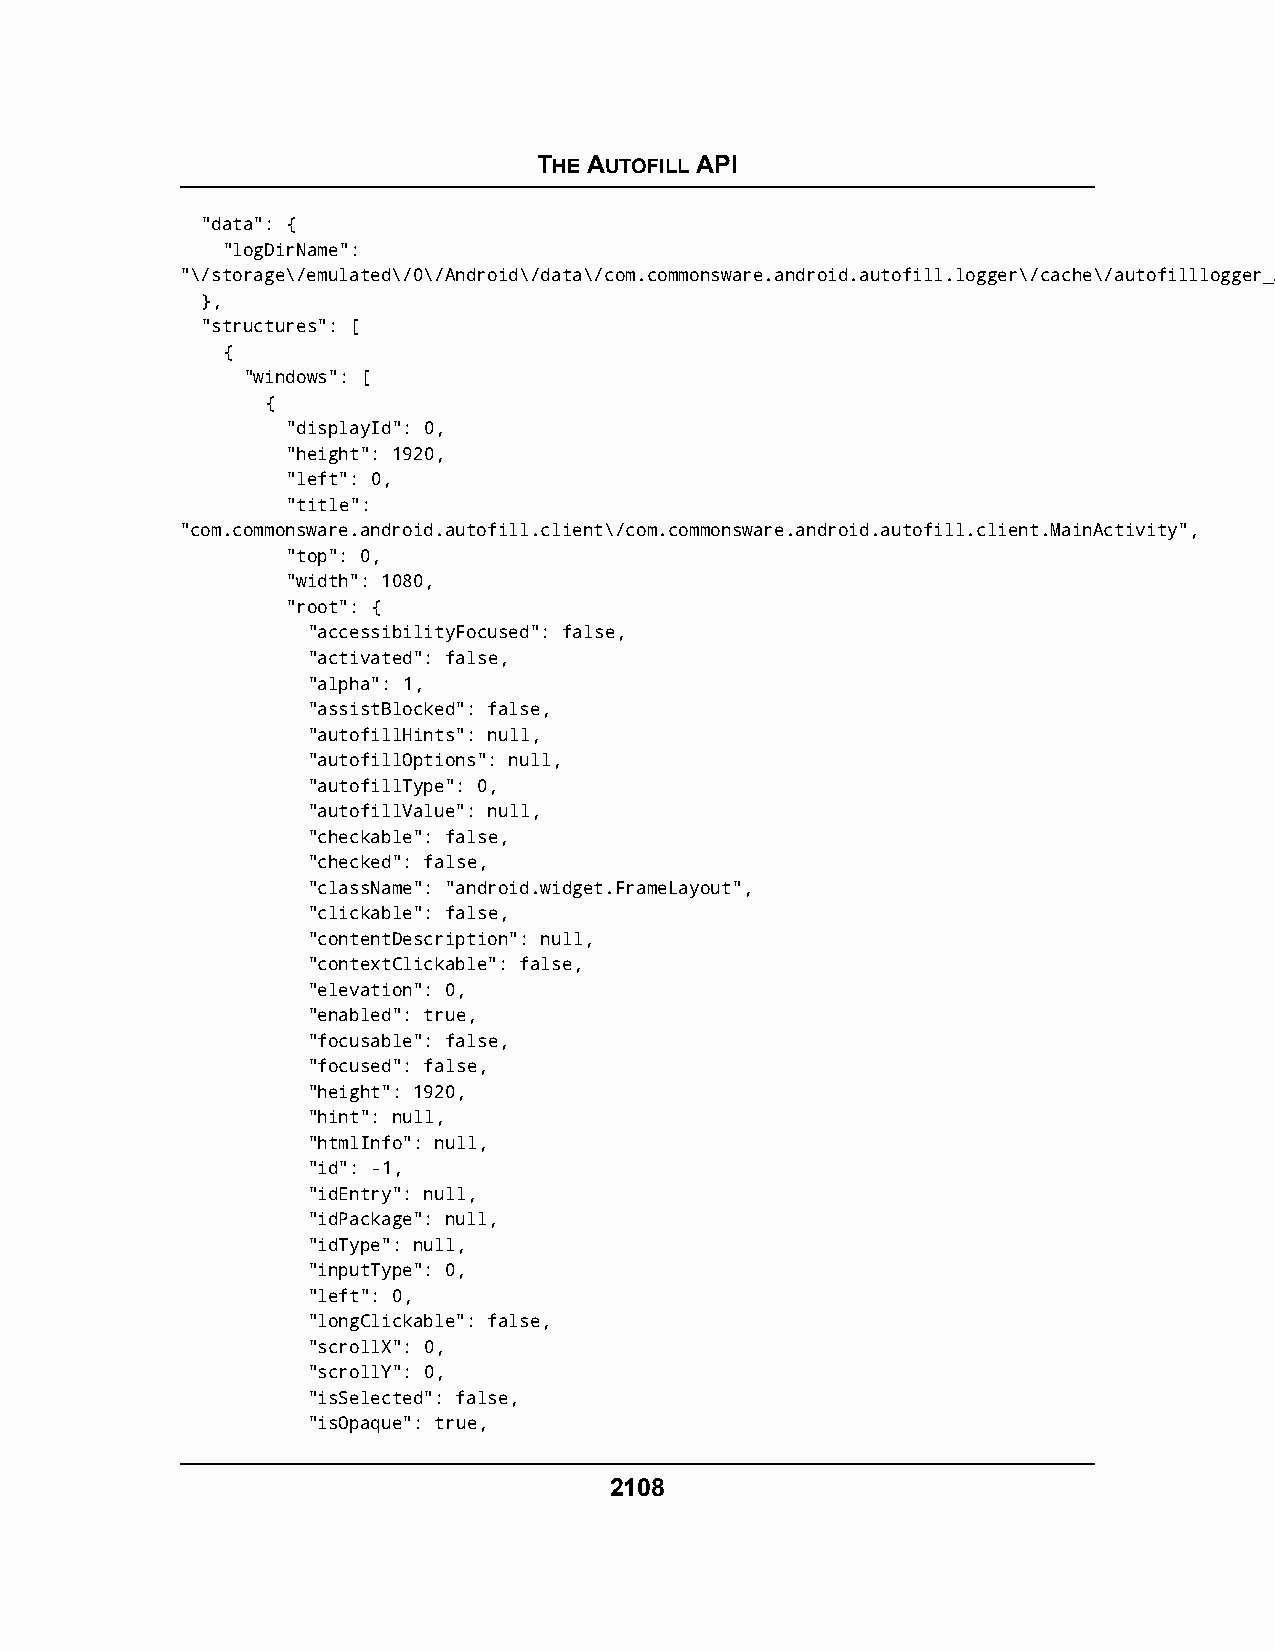
THE AUTOFILL API
 "data": {
 "logDirName":
 "\/storage\/emulated\/0\/Android\/data\/com.commonsware.android.autofill.logger\/cache\/autofilllogger_20170613-132934"
 },
 "structures": [
 {
 "windows": [
 {
 "displayId": 0,
 "height": 1920,
 "left": 0,
 "title":
 "com.commonsware.android.autofill.client\/com.commonsware.android.autofill.client.MainActivity",
 "top": 0,
 "width": 1080,
 "root": {
 "accessibilityFocused": false,
 "activated": false,
 "alpha": 1,
 "assistBlocked": false,
 "autofillHints": null,
 "autofillOptions": null,
 "autofillType": 0,
 "autofillValue": null,
 "checkable": false,
 "checked": false,
 "className": "android.widget.FrameLayout",
 "clickable": false,
 "contentDescription": null,
 "contextClickable": false,
 "elevation": 0,
 "enabled": true,
 "focusable": false,
 "focused": false,
 "height": 1920,
 "hint": null,
 "htmlInfo": null,
 "id": -1,
 "idEntry": null,
 "idPackage": null,
 "idType": null,
 "inputType": 0,
 "left": 0,
 "longClickable": false,
 "scrollX": 0,
 "scrollY": 0,
 "isSelected": false,
 "isOpaque": true,
 2108